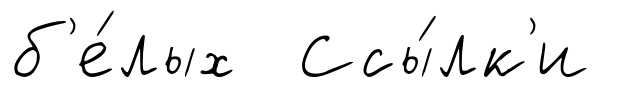
б'е́лых Ссы́лк'и